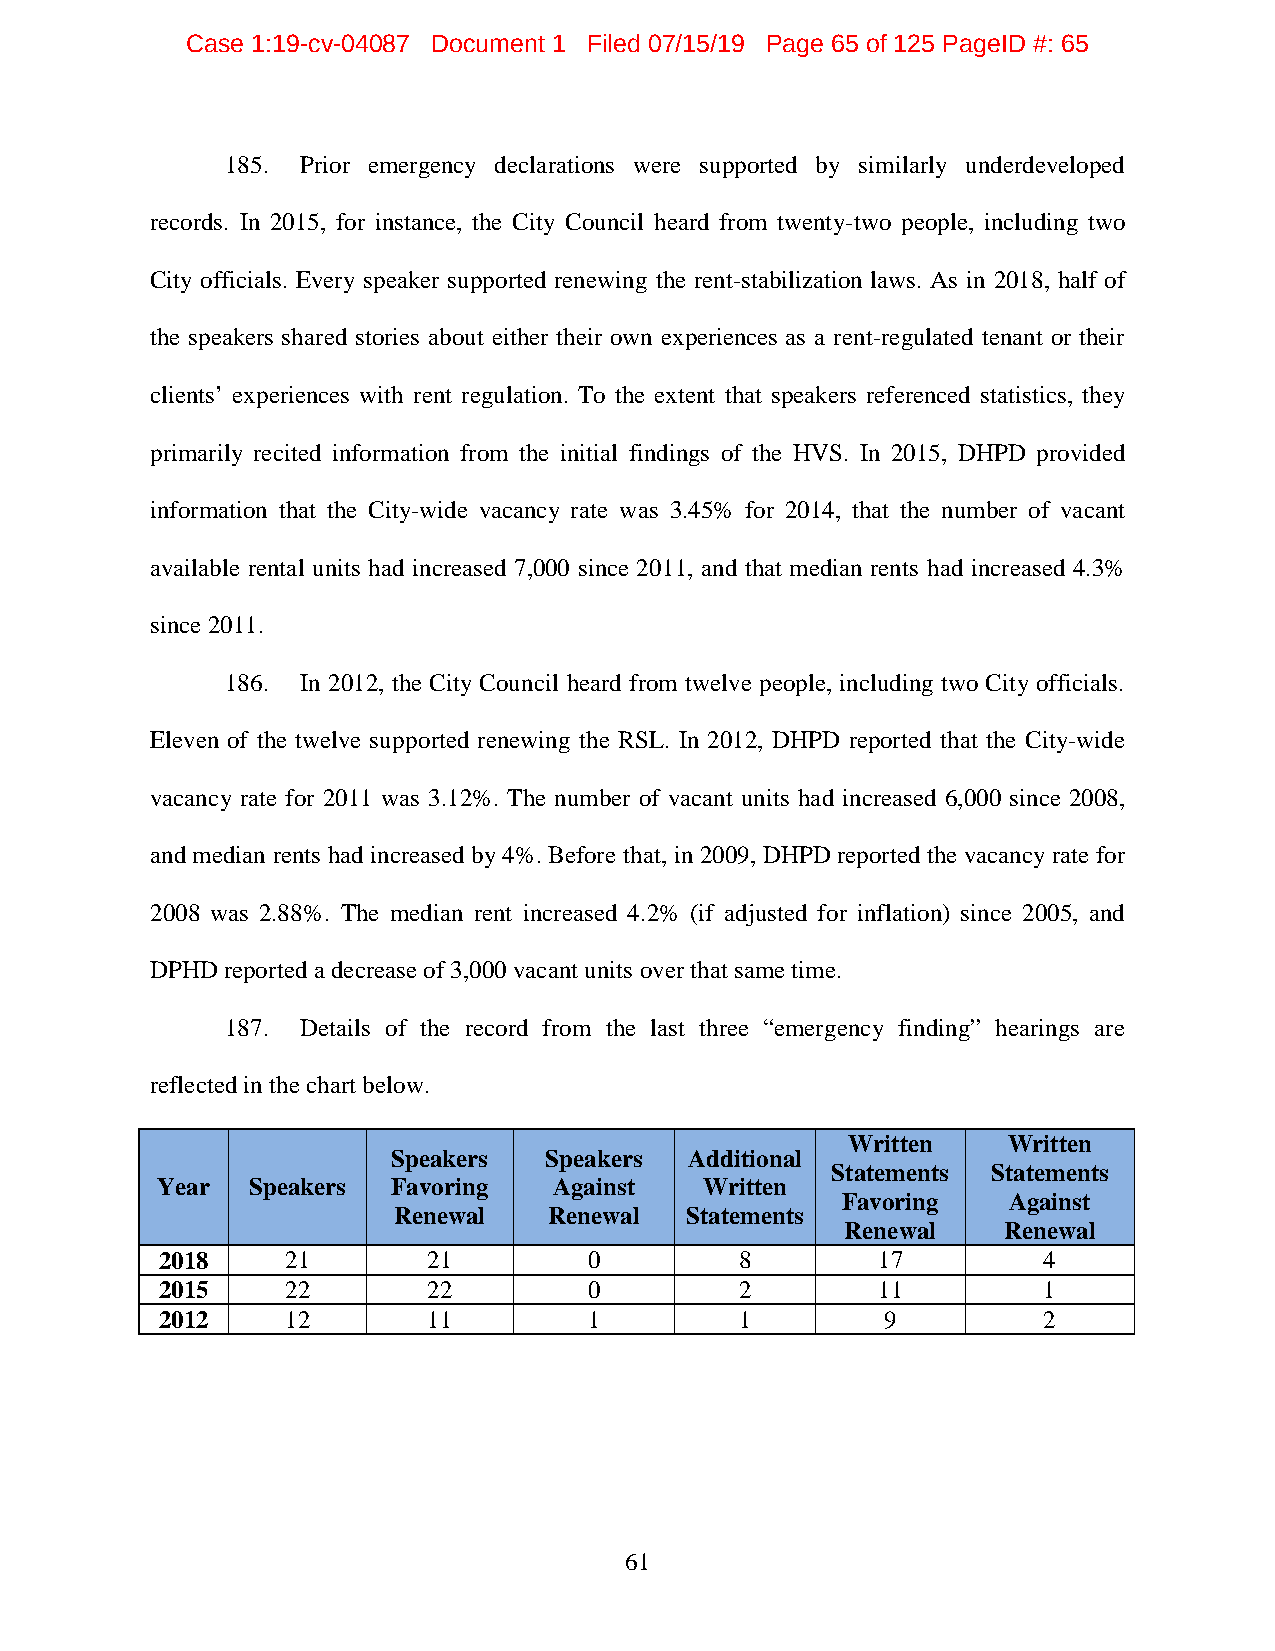
Case 1:19-cv-04087 Document 1 Filed 07/15/19 Page 65 of 125 PageID #: 65
 185. Prior emergency declarations were supported by similarly underdeveloped
 records. In 2015, for instance, the City Council heard from twenty-two people, including two
 City officials. Every speaker supported renewing the rent-stabilization laws. As in 2018, half of
 the speakers shared stories about either their own experiences as a rent-regulated tenant or their
 clients’ experiences with rent regulation. To the extent that speakers referenced statistics, they
 primarily recited information from the initial findings of the HVS. In 2015, DHPD provided
 information that the City-wide vacancy rate was 3.45% for 2014, that the number of vacant
 available rental units had increased 7,000 since 2011, and that median rents had increased 4.3%
 since 2011.
 186. In 2012, the City Council heard from twelve people, including two City officials.
 Eleven of the twelve supported renewing the RSL. In 2012, DHPD reported that the City-wide
 vacancy rate for 2011 was 3.12%. The number of vacant units had increased 6,000 since 2008,
 and median rents had increased by 4%. Before that, in 2009, DHPD reported the vacancy rate for
 2008 was 2.88%. The median rent increased 4.2% (if adjusted for inflation) since 2005, and
 DPHD reported a decrease of 3,000 vacant units over that same time.
 187. Details of the record from the last three “emergency finding” hearings are
 reflected in the chart below.
 Written    Written
 Speakers  Speakers  Additional
 Statements Statements
 Year  Speakers  Favoring   Against   Written
 Favoring   Against
 Renewal   Renewal  Statements
 Renewal   Renewal
 2018    21       21         0         8        17         4
 2015    22       22         0         2        11         1
 2012    12       11         1         1         9         2
 61